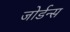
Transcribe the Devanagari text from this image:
जोर्डन्स